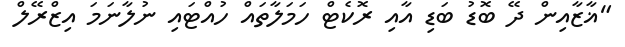
"ޣާޒާއިން ދޭ ބޮޑު ބަޑި އާއި ރޮކެޓް ހަމަލާތައް ހުއްޓައި ނުލާނަމަ އިޒްރޭލް